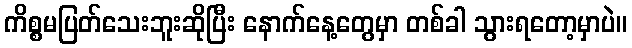
ကိစ္စမပြတ်သေးဘူးဆိုပြီး နောက်နေ့တွေမှာ တစ်ခါ သွားရတော့မှာပဲ။